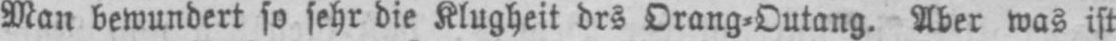
Man bewundert so sehr die Klugheit drs Orang⸗Outang. Aber was ist